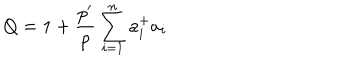
Q = 1 + \frac { p ^ { \prime } } { p } \sum _ { i = 1 } ^ { n } a _ { i } ^ { + } a _ { i }